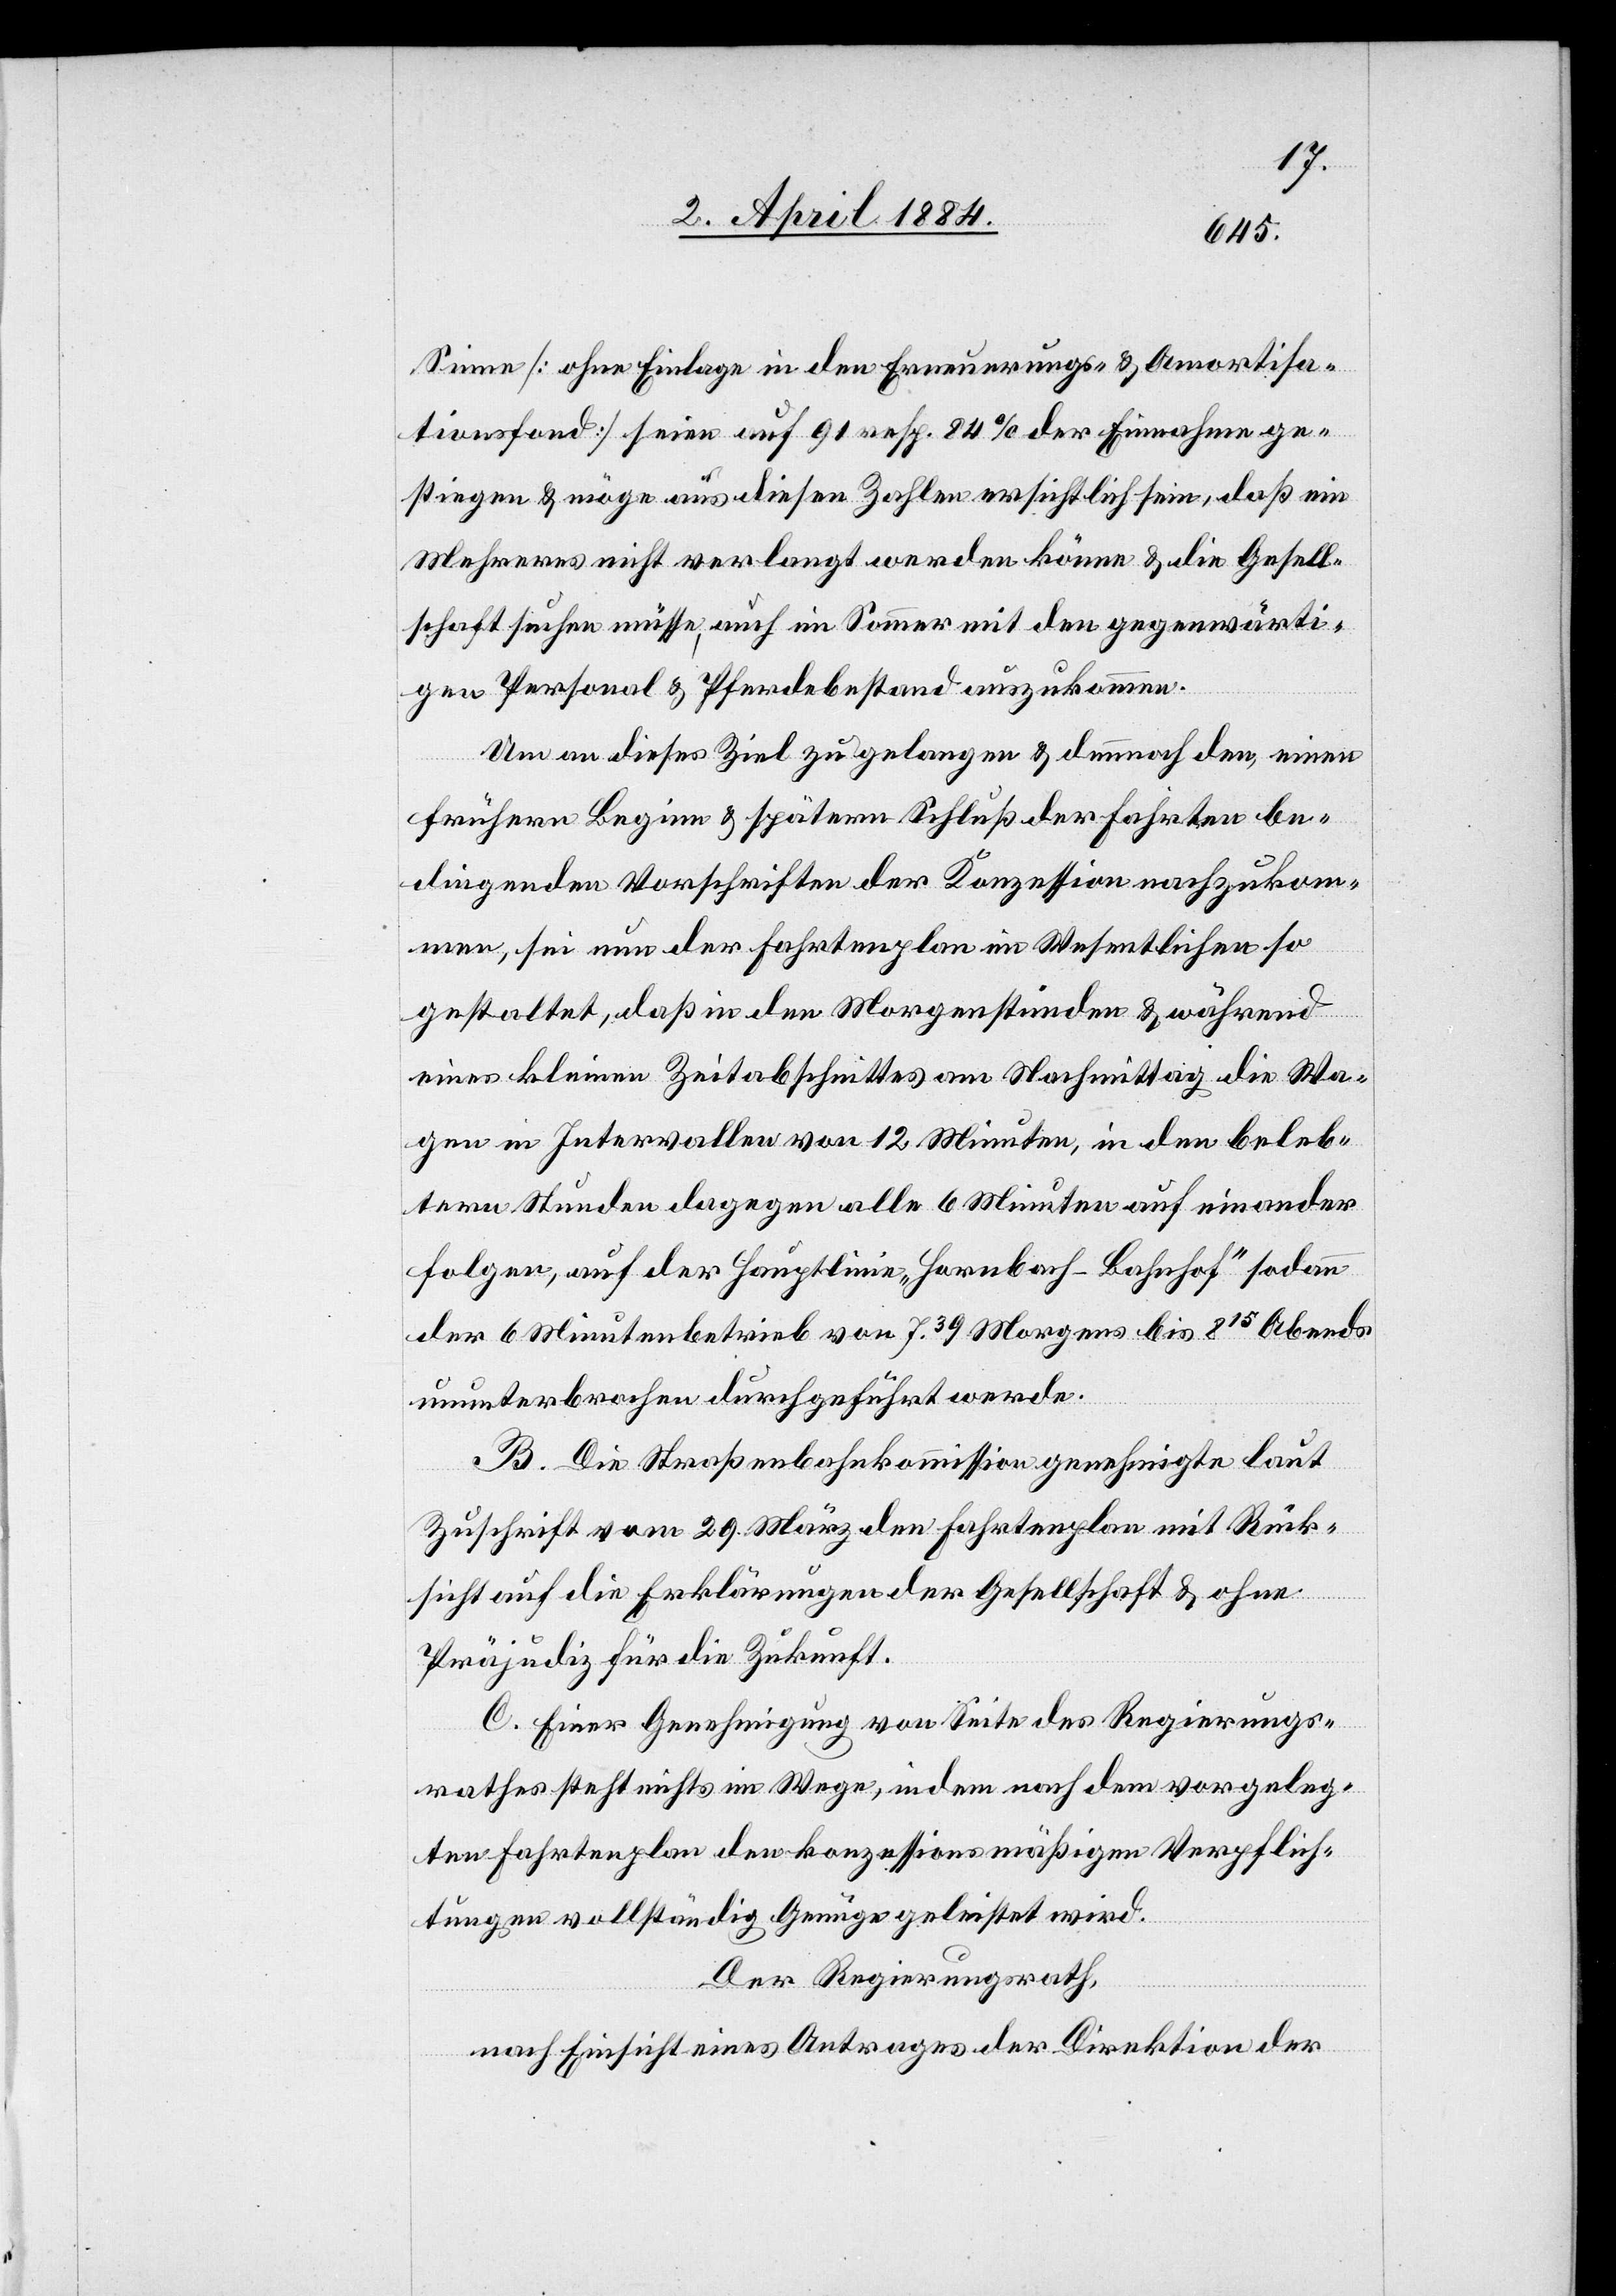
Sinne ohne Einlage in den Erneuerungs- & Amortisa¬
tionsfond] seien auf 91 resp. 84% der Einnahmen ge¬
stiegen & möge aus diesen Zahlen ersichtlich sein, daß ein
Mehreres nicht verlangt werden könne & die Gesell¬
schaft suchen müsse, auch im Sommer mit den [sic!] gegenwärti¬
gen Personal & Pferdebestand auszukommen.
Um an dieses Ziel zu gelangen & dennoch den, einen
frühern Beginn & späteren Schluß der Fahrten be¬
dingenden Vorschriften der Konzession nachzukom¬
men, sei nun der Fahrtenplan im Wesentlichen so
gestattet, daß in den Morgenstunden & während
eines kleinen Zeitabschnittes am Nachmittag die Wa¬
gen in Intervallen von 12 Minuten, in den beleb¬
teren Stunden dagegen alle 6 Minuten auf einander
folgen, auf der Hauptlinie „Hornbach–Bahnhof“ sodann
der 6 Minutenbetreib von 739 Morgens bis 815 Abends
ununterbrochen durchgeführt werde.
B. Die Straßenbahnkommission genehmigte laut
Zuschrift vom 29. März den Fahrtenplan mit Rück¬
sicht auf die Erklärungen der Gesellschaft & ohne
Präjudiz für die Zukunft.
C. Einer Genehmigung von Seite des Regierungs¬
rathes steht nichts im Wege, indem nach dem vorgeleg¬
ten Fahrtenplan den konzessionsmäßigen Verpflich¬
tungen vollständig Genüge geleistet wird.
Der Regierungsrath,
nach Einsicht eines Antrages der Direktion der